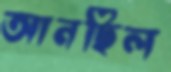
আনছিল